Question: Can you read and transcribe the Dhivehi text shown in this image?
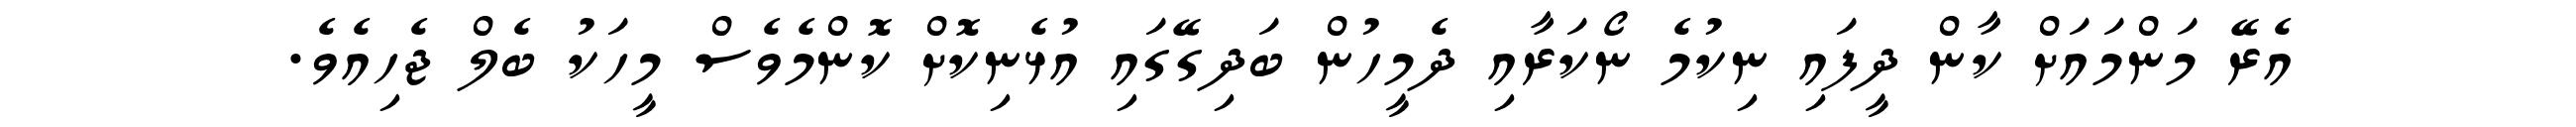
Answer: އެރޭ މަންމައަށް ކާން ދީފައި ނިކުމެ ނޯކަރާއި ދެމީހުން ބަދިގޭގައި އުޅެނިކޮށް ކޮންމެވެސް މީހަކު ބެލް ޖެހިއެވެ.